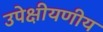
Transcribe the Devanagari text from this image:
उपेक्षीयणीय